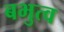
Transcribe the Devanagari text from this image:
बभुत्व